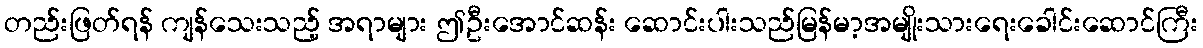
တည်းဖြတ်ရန် ကျန်သေးသည့် အရာများ ဤဦးအောင်ဆန်း ဆောင်းပါးသည်မြန်မာ့အမျိုးသားရေးခေါင်းဆောင်ကြီး